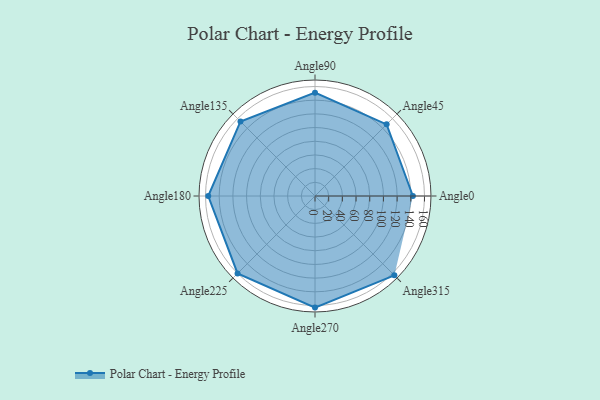
{"axis": {"x": "Angle", "y": "Radius"}, "legend": [""], "data": [{"x": "Angle0", "y": 143.0, "type": ""}, {"x": "Angle45", "y": 148.0, "type": ""}, {"x": "Angle90", "y": 151.0, "type": ""}, {"x": "Angle135", "y": 154.0, "type": ""}, {"x": "Angle180", "y": 156.0, "type": ""}, {"x": "Angle225", "y": 160.0, "type": ""}, {"x": "Angle270", "y": 163.0, "type": ""}, {"x": "Angle315", "y": 164.0, "type": ""}]}